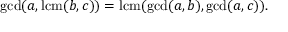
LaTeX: \operatorname* { g c d } ( a , \operatorname { l c m } ( b , c ) ) = \operatorname { l c m } ( \operatorname* { g c d } ( a , b ) , \operatorname* { g c d } ( a , c ) ) .